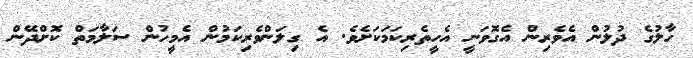
ހާލުގެ ދުލުން އެވެރިން އެގޮވަނީ އެހީތެރިކަމަކަށެވެ. އެ ގިލަންވެރިކަމުން އެމީހުން ސަލާމަތް ކޮށްދޭން